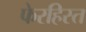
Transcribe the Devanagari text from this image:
फेरहिस्त